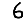
Digit: 6